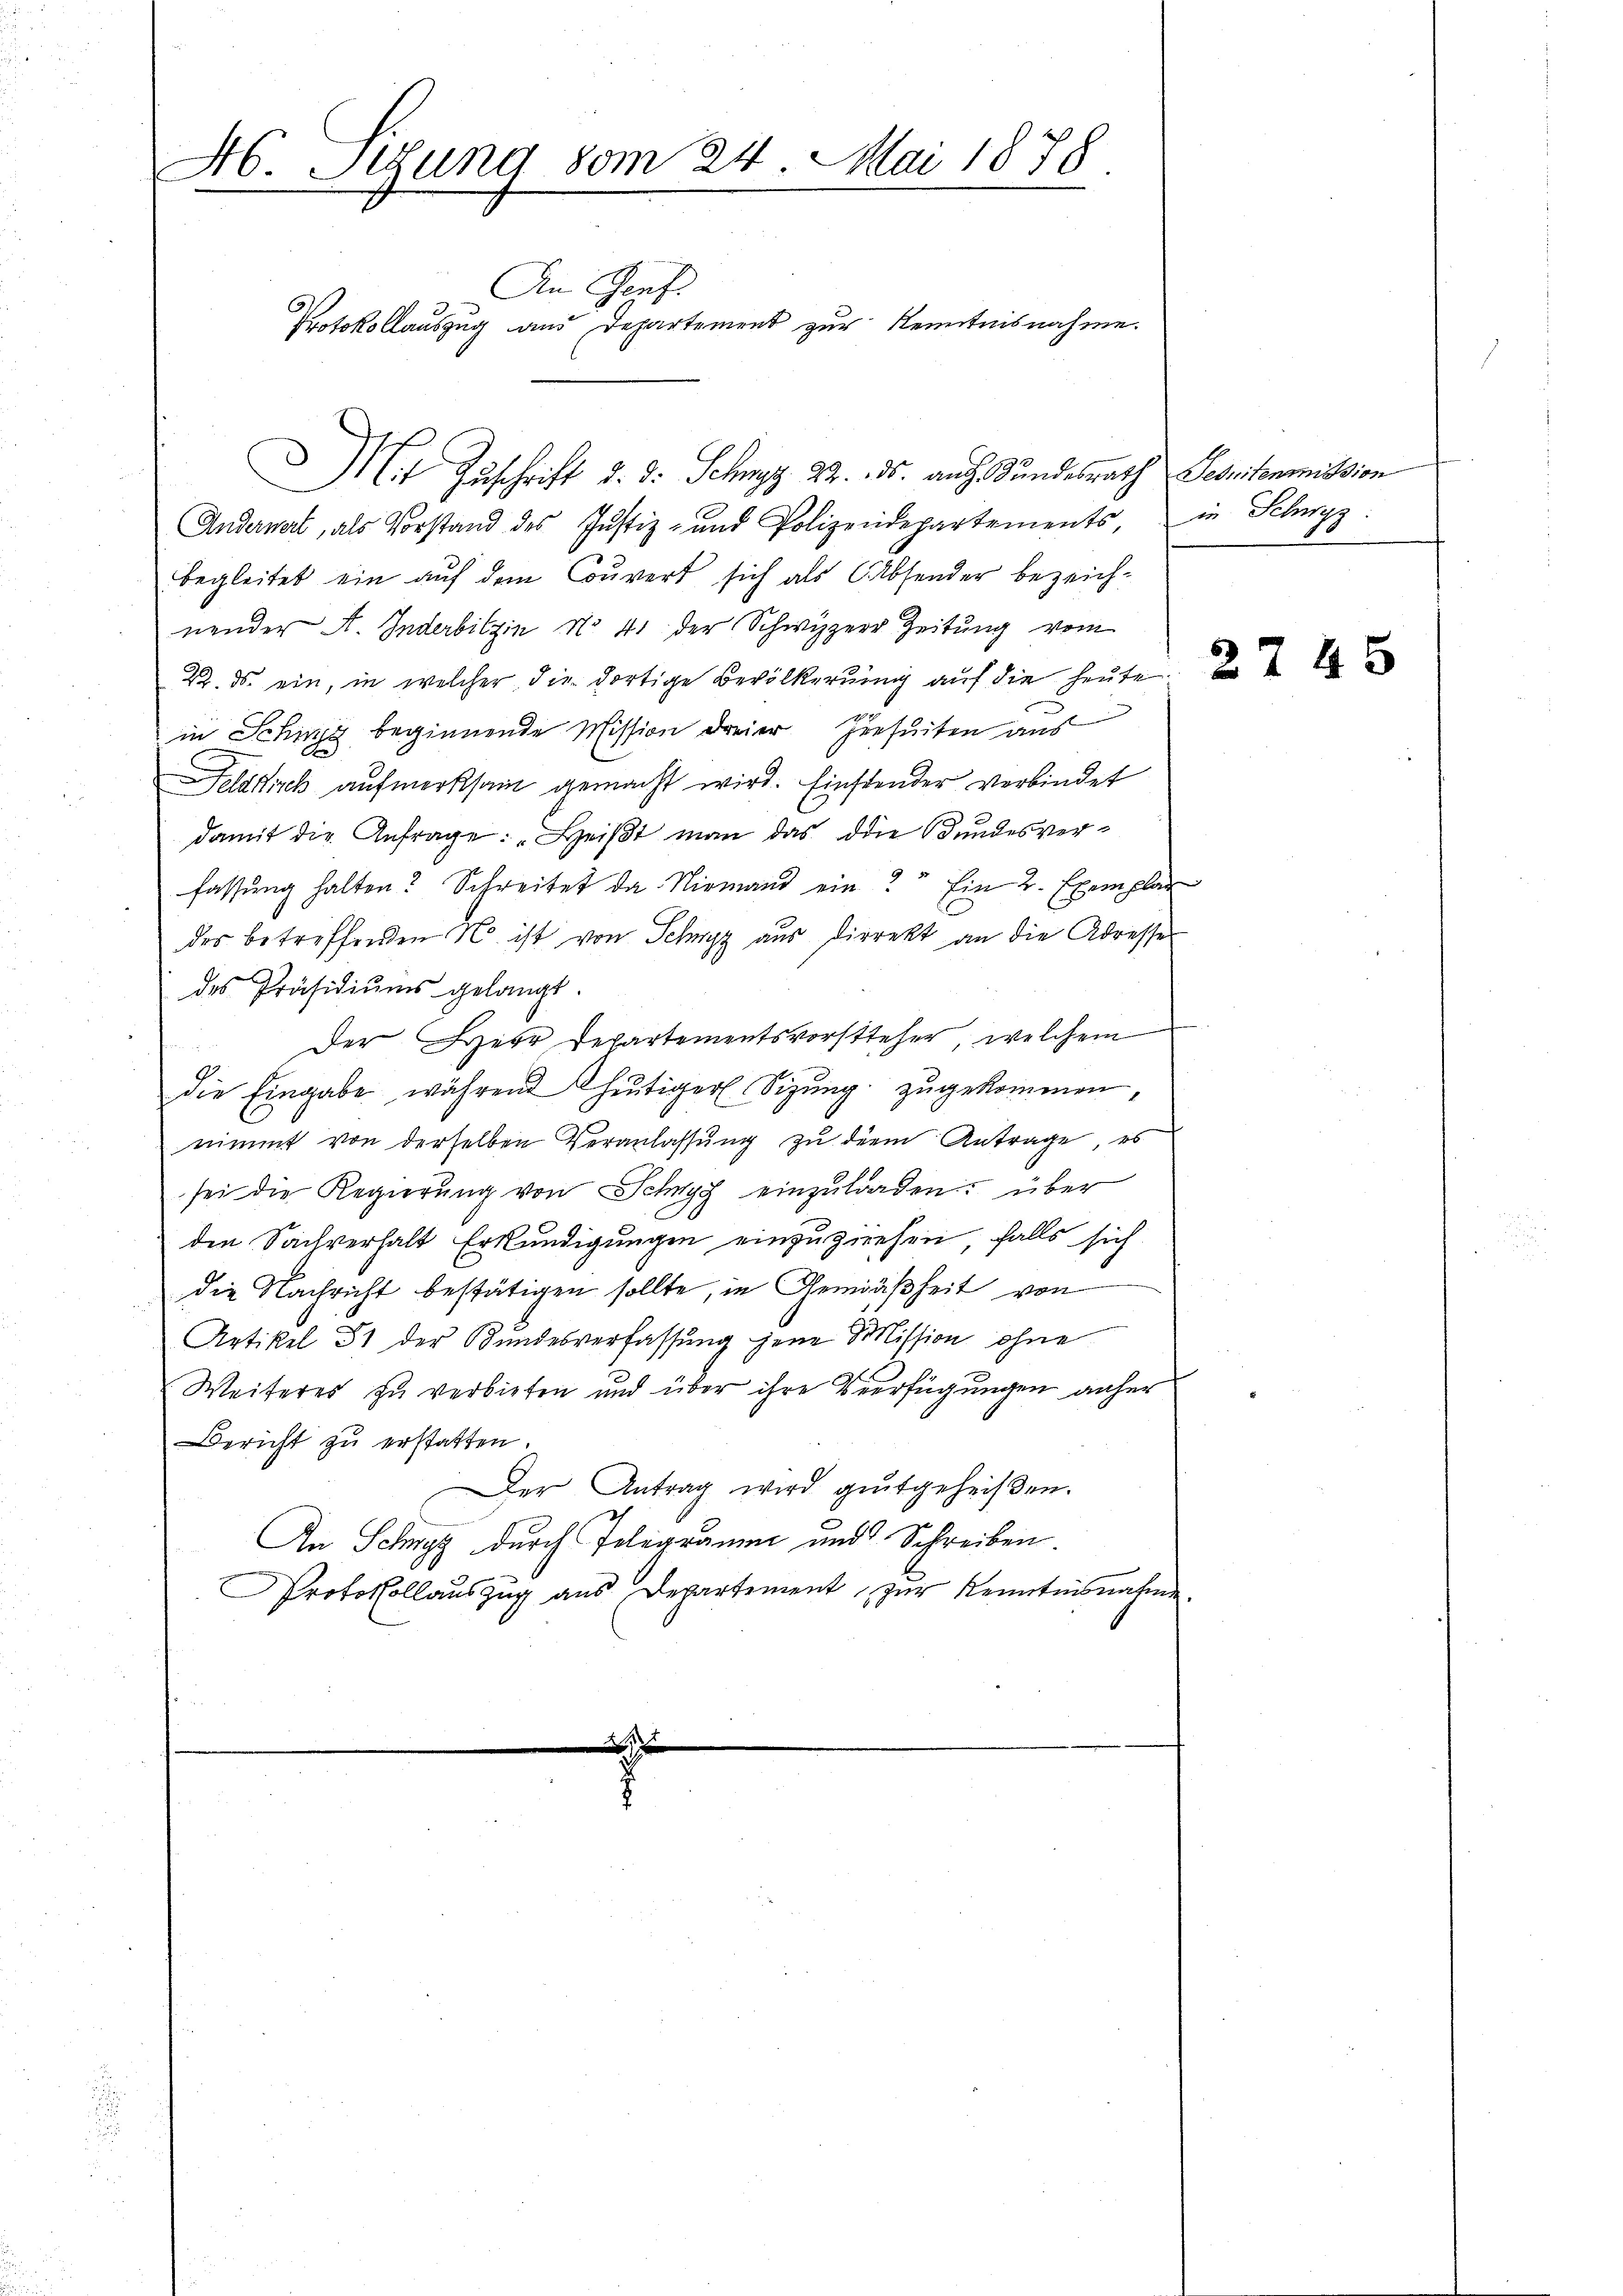
Ab. Sitzung vom 24. Mai 1878.
An Genf.
Protokollauszug aus Departement zur Kenntnisnahme.

Anderwert, als Vorstand des Justiz- und Polizeidepartements, in Schwyz
begleitet ein auf dem Couvert sich als Absender bezeichnender A. Inderbitzin No 41 der Schwyzer Zeitung vom
2. ds. ein, in welcher die dortige Bevölkerung auf die heute
n
18
in Schinz beginnende Mission dreier jenseiten aus
Feldkirch aufmerksam gemacht wird. Einstender verbindet
damit die Anfrage: "Heißt man das die Bundesverfassung halten? Schreitet da Niemand ein? Ein 2 Exemplar
des betreffenden N. ist von Schwyz aus dirrekt an die Adresse
des Präsidiŭms gelangt.
Der Herr Departementsvorsteher, welchem
die Eingabe während heŭtiger Sizŭng zugekommen,
nimmt von derselben Veranlassung zu dem Antrage, es
sei die Regierŭng von Schwyz einzŭladen über
den Sachverhalt Erkundigungen einzuziehen, falls sich
die Nachricht bestätigen sollte, in Gemäßheit von
Artikel 31 der Bundesverfassung jene Mission ohne
Weiteres zu verbieten und über ihre Verfügungen anher
Bericht zu erstatten.
Der Antrag wird gutgeheißen.
An Schwyz durch Telegramm und Schreiben.
Protokollauszug aus Departement zur Kenntnisnahme.

M.t Zuschrift d. d. Schwyz 22. 135. auch Stundesrath Tessikommission

2745